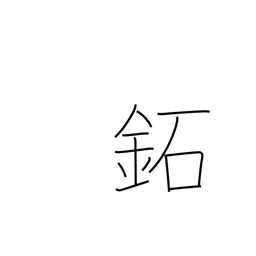
Meaning: brass